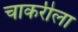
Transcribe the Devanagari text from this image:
चाकरीला